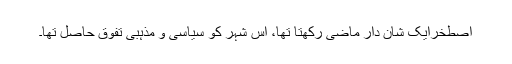
اصطخرایک شان دار ماضی رکھتا تھا، اس شہر کو سیاسی و مذہبی تفوق حاصل تھا۔